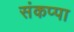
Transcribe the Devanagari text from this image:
संकप्पा